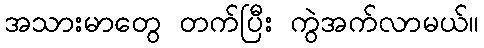
အသားမာတွေ တက်ပြီး ကွဲအက်လာမယ်။